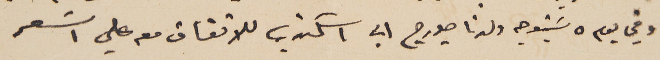
وفي يوم ٥ سَيتوجه ولدنا جورج الي اسكندريه للاتفاق معه علي السَعر